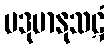
ပဒုမာနုသဋံ